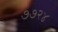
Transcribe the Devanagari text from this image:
७७२४